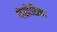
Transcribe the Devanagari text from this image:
मेलोडिका